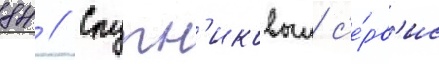
84 // Спутн'иковыи с'е́рв'ис